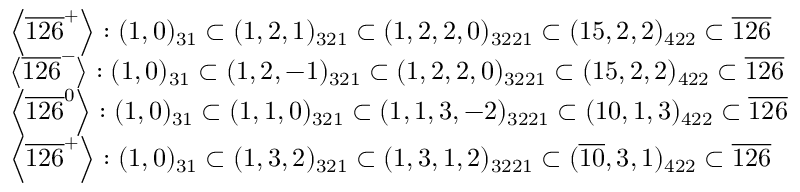
\begin{array} { l } { { \left< \overline { { { 1 2 6 } } } ^ { + } \right> : ( 1 , 0 ) _ { 3 1 } \subset ( 1 , 2 , 1 ) _ { 3 2 1 } \subset ( 1 , 2 , 2 , 0 ) _ { 3 2 2 1 } \subset ( 1 5 , 2 , 2 ) _ { 4 2 2 } \subset \overline { { { 1 2 6 } } } } } \\ { { \left< \overline { { { 1 2 6 } } } ^ { - } \right> : ( 1 , 0 ) _ { 3 1 } \subset ( 1 , 2 , - 1 ) _ { 3 2 1 } \subset ( 1 , 2 , 2 , 0 ) _ { 3 2 2 1 } \subset ( 1 5 , 2 , 2 ) _ { 4 2 2 } \subset \overline { { { 1 2 6 } } } } } \\ { { \left< \overline { { { 1 2 6 } } } ^ { 0 } \right> : ( 1 , 0 ) _ { 3 1 } \subset ( 1 , 1 , 0 ) _ { 3 2 1 } \subset ( 1 , 1 , 3 , - 2 ) _ { 3 2 2 1 } \subset ( 1 0 , 1 , 3 ) _ { 4 2 2 } \subset \overline { { { 1 2 6 } } } } } \\ { { \left< \overline { { { 1 2 6 } } } ^ { + } \right> : ( 1 , 0 ) _ { 3 1 } \subset ( 1 , 3 , 2 ) _ { 3 2 1 } \subset ( 1 , 3 , 1 , 2 ) _ { 3 2 2 1 } \subset ( \overline { { { 1 0 } } } , 3 , 1 ) _ { 4 2 2 } \subset \overline { { { 1 2 6 } } } } } \end{array}